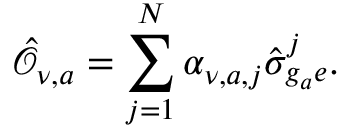
\hat { \mathcal { O } } _ { \nu , a } = \sum _ { j = 1 } ^ { N } \alpha _ { \nu , a , j } \hat { \sigma } _ { g _ { a } e } ^ { j } .